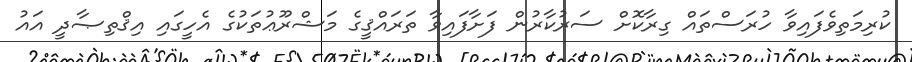
ކުރިމަތިވެފައިވާ ހުރަސްތައް ގިރާކޮށް ސަރުކާރުން ފަށާފައިވާ ތަރައްޤީގެ މަޝްރޫޢުތަކުގެ އެހީގައި އިޤްތިޞާދީ އައު